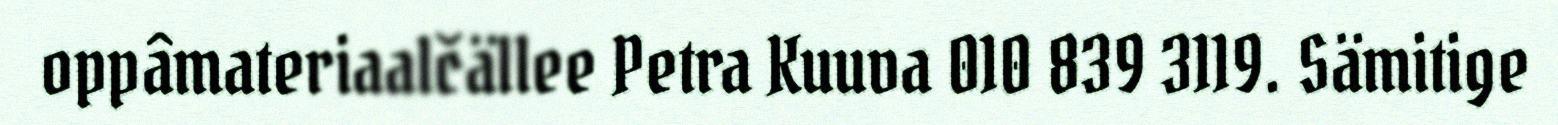
oppâmateriaalčällee Petra Kuuva 010 839 3119. Sämitige